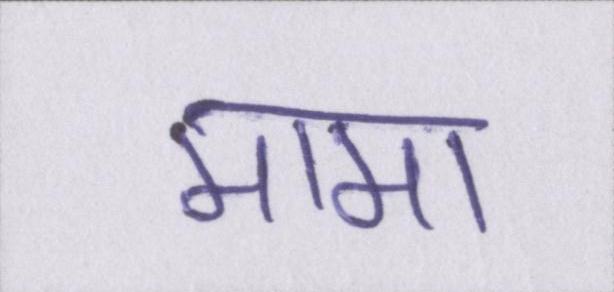
मामा